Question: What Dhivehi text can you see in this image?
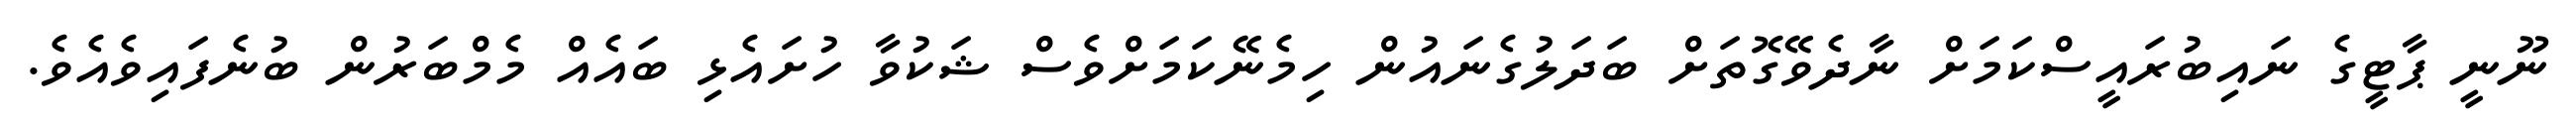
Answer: ނޫނީ ޕާޓީގެ ނައިބުރައީސްކަމަށް ނާދެވޭގޮތަށް ބަދަލުގެނައުން ހިމެނޭކަމަށްވެސް ޝަކުވާ ހުށައެޅި ބައެއް މެމްބަރުން ބުނެފައިވެއެވެ.